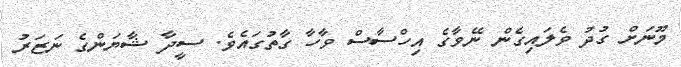
މޫނަށް ގުދު ވެލައިގެން ނޭވާގެ އިހްސާސް ވާހާ ގާތުގައެވެ. ސީދާ ޝާޔަންގެ ނަޒަރު